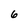
Character: 6